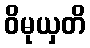
ဝိမုယှတိ